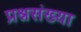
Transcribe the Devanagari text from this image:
प्रश्नसंख्या